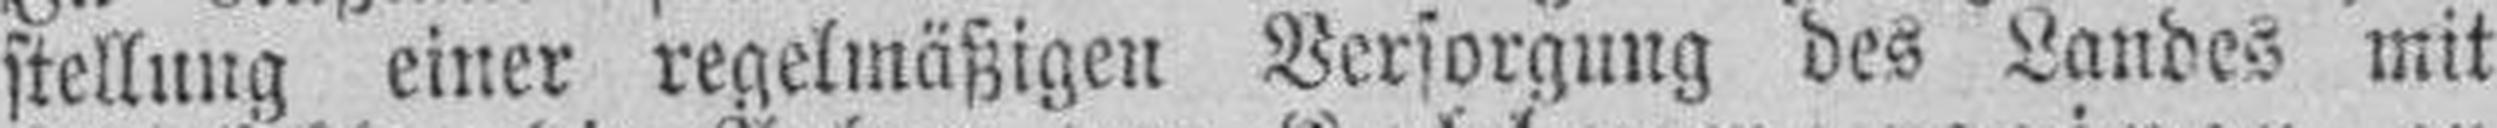
stellung einer regelmäßigen Versorgung des Landes mit